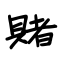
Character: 賭